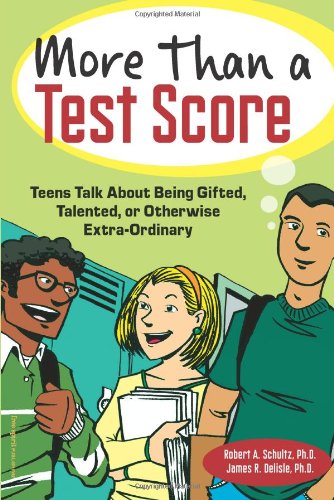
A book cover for More Than a Test Score: Teens Talk About Being Gifted, Talented, or Otherwise Extra-Ordinary; Ph.D. Robert A. Schultz; Teen & Young Adult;